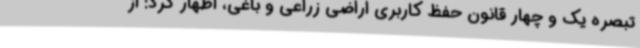
تبصره یک و چهار قانون حفظ کاربری اراضی زراعی و باغی، اظهار کرد: از